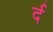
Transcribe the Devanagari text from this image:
र्द